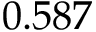
\phantom { - } 0 . 5 8 7